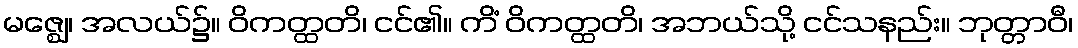
မဇ္ဈေ၊ အလယ်၌။ ဝိကတ္ထတိ၊ ငင်၏။ ကိံ ဝိကတ္ထတိ၊ အဘယ်သို့ ငင်သနည်း။ ဘုတ္တာဝီ၊